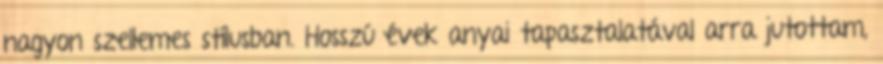
nagyon szellemes stílusban. Hosszú évek anyai tapasztalatával arra jutottam,